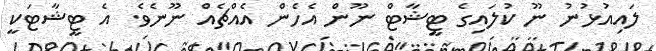
ލައިއުޅުނު ނޫ ކުލައިގެ ޓީޝާޓް ނޫން އެހެން އެއްޗެއް ނޫނެވެ. އެ ޓީޝާޓަކީ